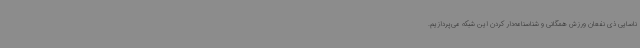
ناسایی ذی نفعان ورزش همگانی و شناسنامه‌دار کردن این شبکه می‌پردازیم.